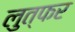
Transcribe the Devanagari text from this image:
लुत्फर